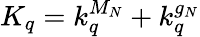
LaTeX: K_{q}=k_{q}^{M_{N}}+k_{q}^{g_{N}}